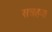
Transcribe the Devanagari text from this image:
सत्रहवा